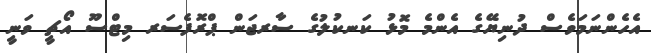
އެހެންނަމަވެސް ދުނިޔޭގެ އެންމެ މޮޅު ކަނކުލުގެ ސާރޖަން ޕްރޮފެސަރ މިޓްސޫ އޯޗީ ވަނީ